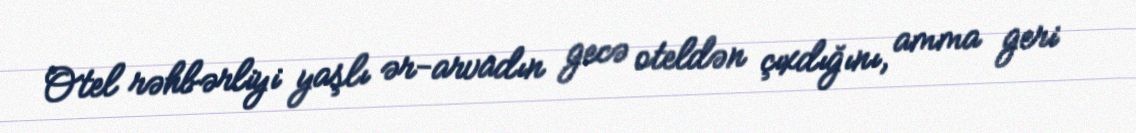
Otel rəhbərliyi yaşlı ər-arvadın gecə oteldən çıxdığını, amma geri